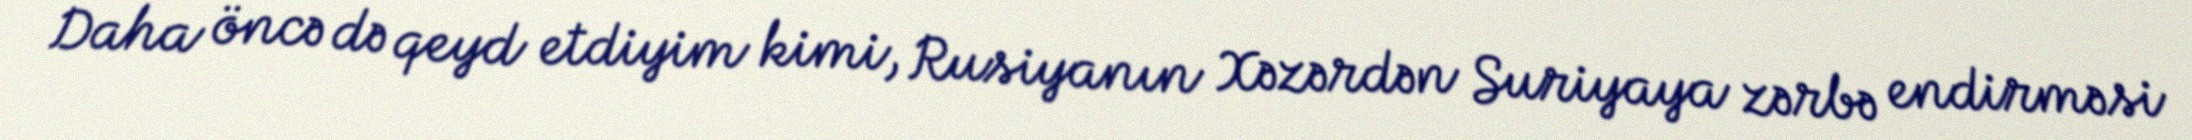
Daha öncə də qeyd etdiyim kimi, Rusiyanın Xəzərdən Suriyaya zərbə endirməsi